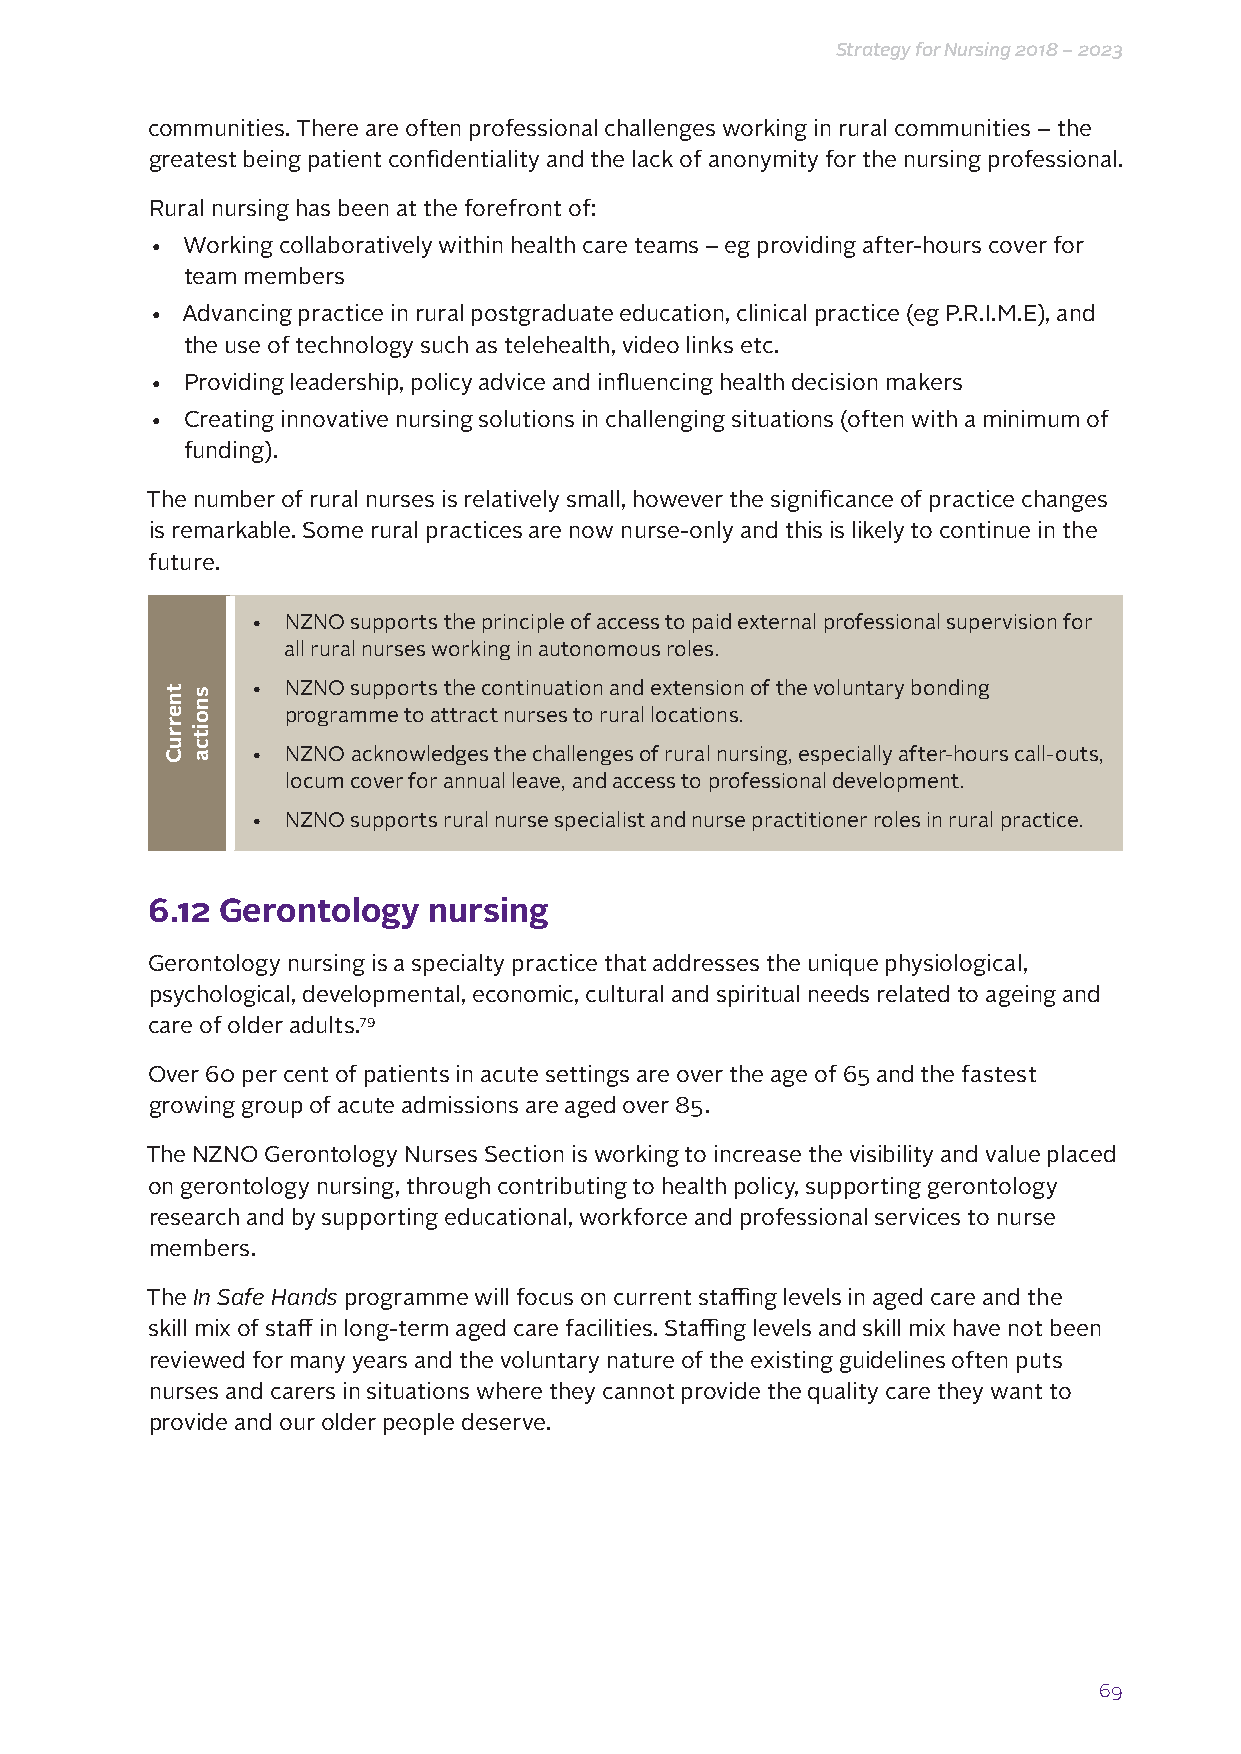
Strategy for Nursing 2018 – 2023
 communities. There are often professional challenges working in rural communities – the
 greatest being patient confidentiality and the lack of anonymity for the nursing professional.
 Rural nursing has been at the forefront of:
 • Working collaboratively within health care teams – eg providing after-hours cover for
 team members
 • Advancing practice in rural postgraduate education, clinical practice (eg P.R.I.M.E), and
 the use of technology such as telehealth, video links etc.
 • Providing leadership, policy advice and influencing health decision makers
 • Creating innovative nursing solutions in challenging situations (often with a minimum of
 funding).
 The number of rural nurses is relatively small, however the significance of practice changes
 is remarkable. Some rural practices are now nurse-only and this is likely to continue in the
 future.
 • NZNO supports the principle of access to paid external professional supervision for
 all rural nurses working in autonomous roles.
 • NZNO supports the continuation and extension of the voluntary bonding
 programme to attract nurses to rural locations.
 • NZNO acknowledges the challenges of rural nursing, especially after-hours call-outs,
 locum cover for annual leave, and access to professional development.
 • NZNO supports rural nurse specialist and nurse practitioner roles in rural practice.
 6.12 Gerontology  nursing
 Gerontology nursing is a specialty practice that addresses the unique physiological,
 psychological, developmental, economic, cultural and spiritual needs related to ageing and
 care of older adults.79
 Over 60 per cent of patients in acute settings are over the age of 65 and the fastest
 growing group of acute admissions are aged over 85.
 The NZNO Gerontology Nurses Section is working to increase the visibility and value placed
 on gerontology nursing, through contributing to health policy, supporting gerontology
 research and by supporting educational, workforce and professional services to nurse
 members.
 The In Safe Hands programme will focus on current staffing levels in aged care and the
 skill mix of staff in long-term aged care facilities. Staffing levels and skill mix have not been
 reviewed for many years and the voluntary nature of the existing guidelines often puts
 nurses and carers in situations where they cannot provide the quality care they want to
 provide and our older people deserve.
 69
 tnerruC snoitca